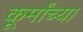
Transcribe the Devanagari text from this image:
कूर्मांच्या